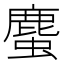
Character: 𧐠